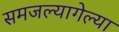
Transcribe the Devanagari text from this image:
समजल्यागेल्या